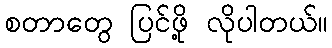
စတာတွေ ပြင်ဖို့ လိုပါတယ်။